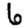
Digit: 6